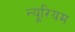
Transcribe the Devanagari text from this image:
न्यूरियम